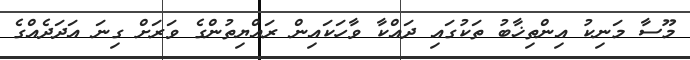
މޫސާ މަނިކު އިންތިޚާބު ތަކުގައި ދައްކާ ވާހަކައިން ރައްޔިތުންގެ ވަރަށް ގިނަ އަދަދެއްގެ